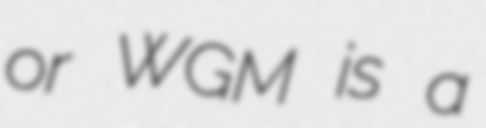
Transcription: or WGM is a